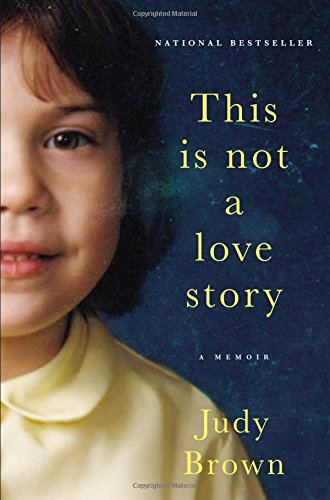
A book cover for This Is Not a Love Story: A Memoir; Judy Brown; Biographies & Memoirs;